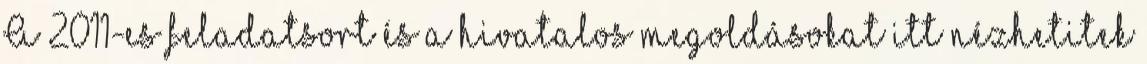
A 2011-es feladatsort és a hivatalos megoldásokat itt nézhetitek